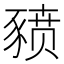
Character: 豮